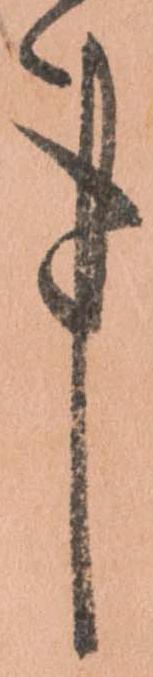
事